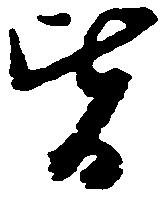
皆